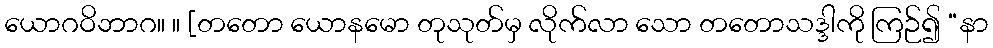
ယောဂဝိဘာဂ။ ။ [တတော ယောနမော တုသုတ်မှ လိုက်လာ သော တတောသဒ္ဒါကို ကြဉ်၍ “နာ